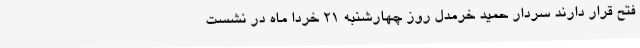
فتح قرار دارند سردار حمید خرمدل روز چهارشنبه 21 خردا ماه در نشست